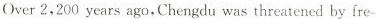
Over 2,200 years ago,Chengdu was threatened by fre-